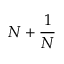
N + { \frac { 1 } { N } }